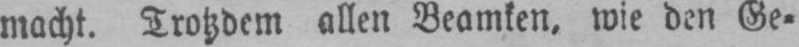
macht. Trotzdem allen Beamten, wie den Ge⸗